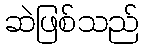
ဆဲဖြစ်သည်